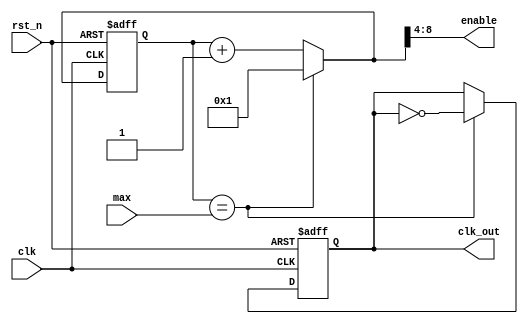
`timescale 1ns / 1ps
//////////////////////////////////////////////////////////////////////////////////
// Company: 
// Engineer: 
// 
// Design Name: 
// Module Name: fre_divider
// Project Name: 
// Target Devices: 
// Tool Versions: 
// Description: 
// 
// Dependencies: 
// 
// Revision:
// Revision 0.01 - File Created
// Additional Comments:
// 
//////////////////////////////////////////////////////////////////////////////////

module fre_divider (clk, rst_n, max, clk_out, enable);
input clk, rst_n;
input [25:0] max;
output reg clk_out;
output reg [4:0] enable;

reg clk_out_tmp;
reg [16:0] q_tmp2;
reg [3:0] q_tmp1;
reg [25:0] t;

always @* 
begin
if (t == max)
    begin
        clk_out_tmp = ~clk_out;
        {q_tmp2, enable, q_tmp1} = 26'b1;
    end
    else
    begin
        clk_out_tmp = clk_out;
        {q_tmp2, enable, q_tmp1} = t + 26'b1;       
    end
end

always @(posedge clk or negedge rst_n)
if (~rst_n)
begin
    clk_out <= 0;
    t <= 26'b0;
end
else
begin
    clk_out <= clk_out_tmp;
    t <= {q_tmp2, enable, q_tmp1};
end
endmodule